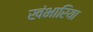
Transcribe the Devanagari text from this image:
खंभारिया